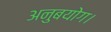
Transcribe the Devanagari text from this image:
अनुबयोग।